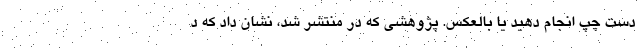
دست چپ انجام دهید یا بالعکس. پژوهشی که در منتشر شد، نشان داد که د